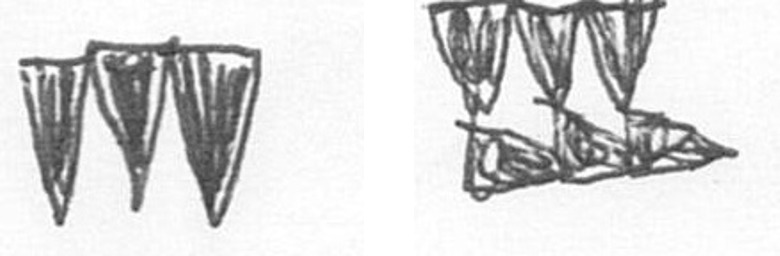
L D